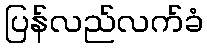
ပြန်လည်လက်ခံ